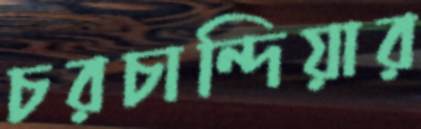
চরচান্দিয়ার